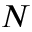
N